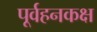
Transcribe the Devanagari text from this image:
पूर्वहनकक्ष